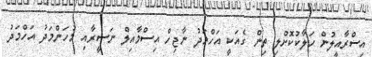
އިސްރާއީލުން ހަލާކުކޮށްލި ތިން ގެއަކީ އަހްމަދު ނާޖިހް އިސްމާއިލް ނަސީރާއި މުހަންމަދު އަހްމަދު